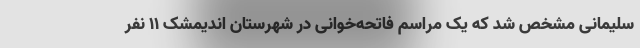
سلیمانی مشخص شد که یک مراسم فاتحه‌خوانی در شهرستان اندیمشک ۱۱ نفر